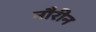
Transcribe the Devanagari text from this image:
नौरीन